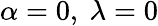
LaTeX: \alpha=0,~\lambda=0